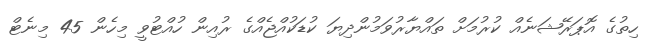
ހިތުގެ އޮޕަރޭޝަނެއް ކުރުމަށް ތައްޔާރުވަމުންދިޔަ ކުޑަކުއްޖެއްގެ ރުއިން ހުއްޓުވީ މިހެން 45 މިނެޓް